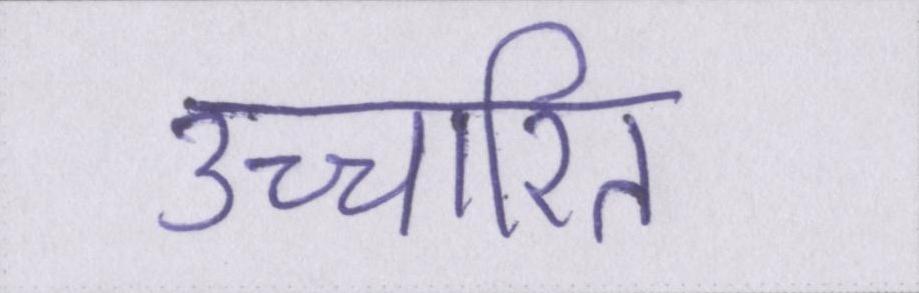
उच्चारित